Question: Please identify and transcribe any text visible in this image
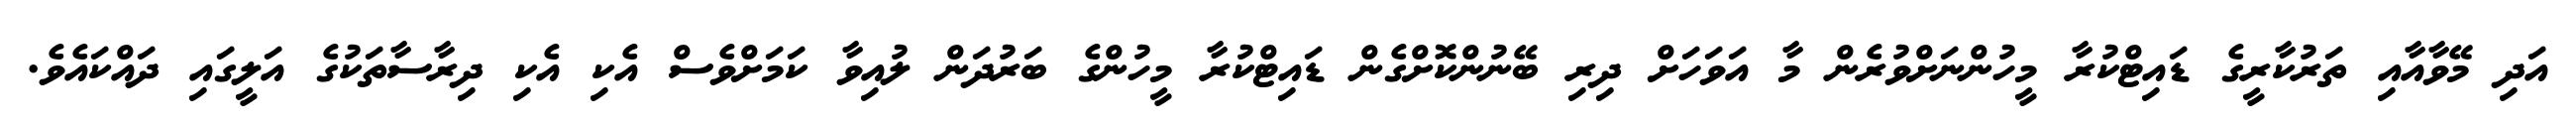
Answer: އަދި މޭވާއާއި ތަރުކާރީގެ ޑައިޓްކުރާ މީހުންނަށްވުރެން މާ އަވަހަށް ދިރި ބޭނުންކޮށްގެން ޑައިޓްކުރާ މީހުންގެ ބަރުދަން ލުއިވާ ކަމަށްވެސް އެކި އެކި ދިރާސާތަކުގެ އަލީގައި ދައްކައެވެ.